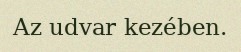
Az udvar kezében.